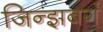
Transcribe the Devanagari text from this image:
जिन्झबर्ग